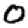
Digit: 0